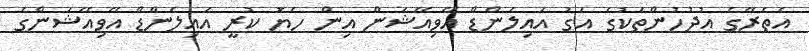
އެތެރޭގެ އުދުހުންތަކުގެ އަގު އައިލެންޑް އޭވިއޭޝަން އިން ހެޔޮ ކުރީ އައިލެންޑް އޭވިއޭޝަންގެ